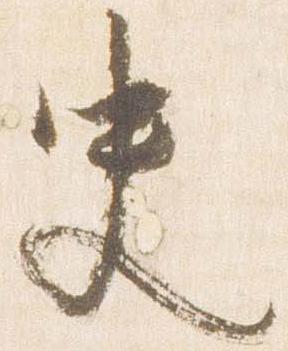
史